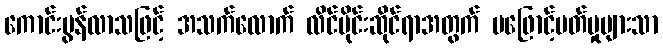
ကောင်းမွန်လာသဖြင့် အသက်လောက် လိင်ပိုင်းဆိုင်ရာအတွက် မဖြောင့်မတ်မှုများသာ